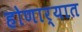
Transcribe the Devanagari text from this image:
होणार्यात